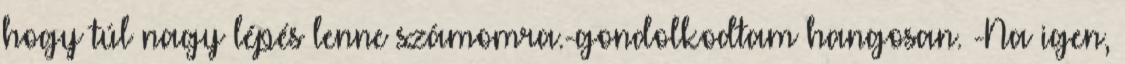
hogy túl nagy lépés lenne számomra.-gondolkodtam hangosan. -Na igen,